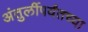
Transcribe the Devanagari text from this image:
अंतुर्लीपर्यंतच्या